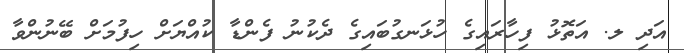
އަދި ލ. އަތޮޅު ފިހާރައިގެ ހުޅަނގުބައިގެ ދެކުނު ފެންޑާ ކުއްޔަށް ހިފުމަށް ބޭނުންވާ